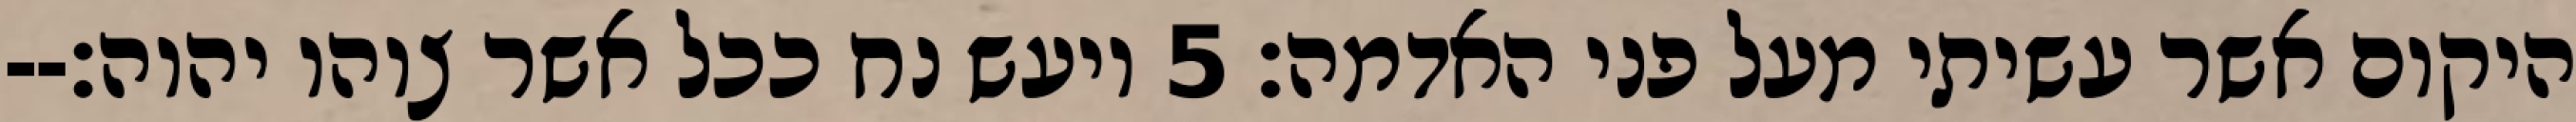
היקום אשר עשיתי מעל פני האדמה׃ ‎5‏ ויעש נח ככל אשר צוהו יהוה׃--